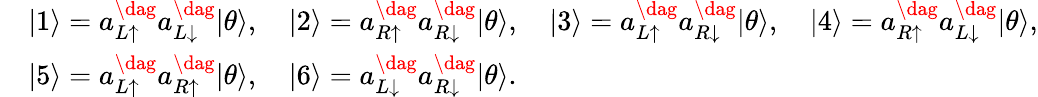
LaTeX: \begin{array}{rl}&{|1\rangle=a_{L\uparrow}^{\dag}a_{L\downarrow}^{\dag}|\theta\rangle,\quad|2\rangle=a_{R\uparrow}^{\dag}a_{R\downarrow}^{\dag}|\theta\rangle,\quad|3\rangle=a_{L\uparrow}^{\dag}a_{R\downarrow}^{\dag}|\theta\rangle,\quad|4\rangle=a_{R\uparrow}^{\dag}a_{L\downarrow}^{\dag}|\theta\rangle,}\\ &{|5\rangle=a_{L\uparrow}^{\dag}a_{R\uparrow}^{\dag}|\theta\rangle,\quad|6\rangle=a_{L\downarrow}^{\dag}a_{R\downarrow}^{\dag}|\theta\rangle.}\end{array}